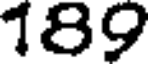
189